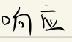
响应